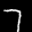
Label: 7